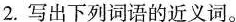
2.写出下列词语的近义词。